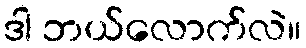
ဒါ ဘယ်လောက်လဲ။